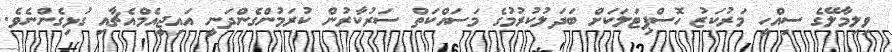
ވިލިމާލޭގެ ސިއްހީ މަރުކަޒު ހޮސްޕިޓަލަކަށް ބަދަލުކުރުމުގެ މަސައްކަތް ސަރުކާރުން ކުރަމުންގެންދަނީ އައިޖީއެމްއެޗާއި ގުޅިގެންނެވެ.